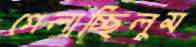
গেলাচ্ছিলুম